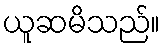
ယူဆမိသည်။